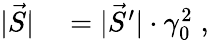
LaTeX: \begin{array}{rl}{|\vec{S}|}&{{}=|\vec{S}^{\prime}|\cdot\gamma_{0}^{2}\; ,}\end{array}